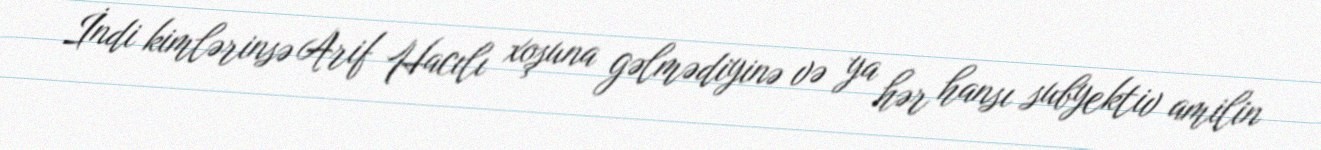
İndi kimlərinsə Arif Hacılı xoşuna gəlmədiyinə və ya hər hansı subyektiv amilin